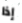
إذا